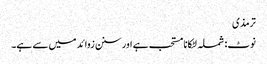
ترمذی
نوٹ: شملہ لٹکانا مستحب ہے اور سنن زوائد میں سے ہے۔